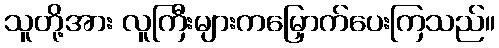
သူတို့အား လူကြီးများကမြှောက်ပေးကြသည်။